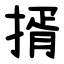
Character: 揟